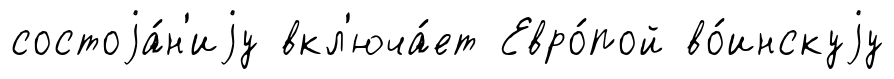
состоjа́н'иjу вкл'юча́ет Евро́пой во́инскуjу